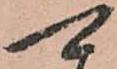
可